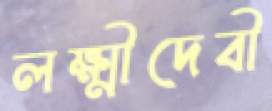
লক্ষ্মীদেবী